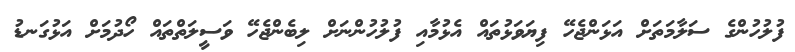
ފުލުހުންގެ ސަލާމަތަށް އަޅަންޖެހޭ ފިޔަވަޅުތައް އެޅުމާއި ފުލުހުންނަށް ލިބެންޖެހޭ ވަސީލަތްތައް ހޯދުމަށް އަޅުގަނޑު